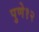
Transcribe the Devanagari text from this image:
पुणे१२